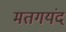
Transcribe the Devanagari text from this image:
मतगयंद